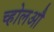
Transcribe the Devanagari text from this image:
च्होलऔ